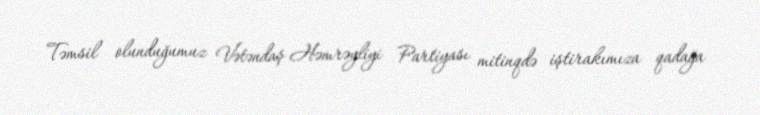
Təmsil olunduğumuz Vətəndaş Həmrəyliyi Partiyası mitinqdə iştirakımıza qadağa